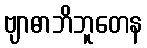
ဗျာဓာဘိဘူတေန